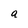
Character: a